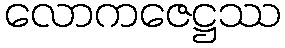
လောကဇေဋ္ဌဿ